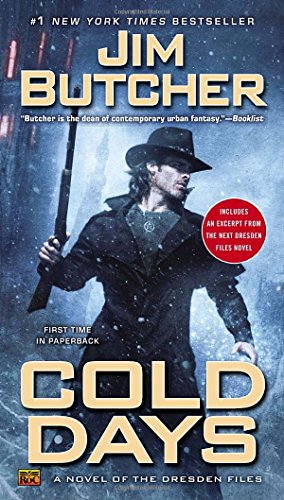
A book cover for Cold Days (Dresden Files); Jim Butcher; Science Fiction & Fantasy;